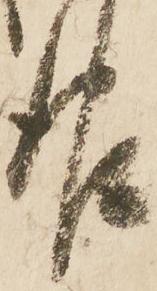
報